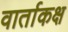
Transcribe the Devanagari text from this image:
वार्ताकक्ष